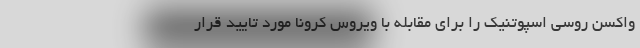
واکسن روسی اسپوتنیک را برای مقابله با ویروس کرونا مورد تایید قرار